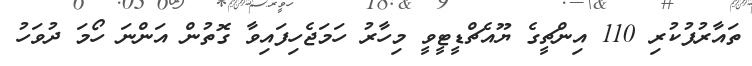
ތައާރުފުކުރި 110 އިންޗީގެ ޔޫއެޗްޑީޓީވީ މިހާރު ހަމަޖެހިފައިވާ ގޮތުން އަންނަ ހޯމަ ދުވަހު